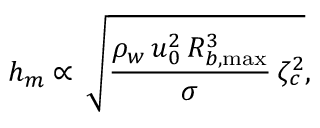
h _ { m } \propto \, \sqrt { \frac { \rho _ { w } \, u _ { 0 } ^ { 2 } \, R _ { b , \operatorname* { m a x } } ^ { 3 } } { \sigma } \, \zeta _ { c } ^ { 2 } } ,